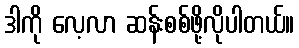
ဒါကို လေ့လာ ဆန်းစစ်ဖို့လိုပါတယ်။